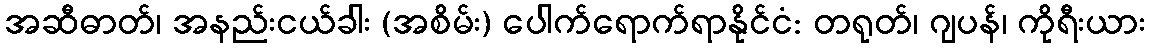
အဆီဓာတ်၊ အနည်းငယ်ခါး (အစိမ်း) ပေါက်ရောက်ရာနိုင်ငံ: တရုတ်၊ ဂျပန်၊ ကိုရီးယား